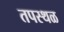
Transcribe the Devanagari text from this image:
तपस्थळ